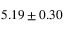
5 . 1 9 \pm 0 . 3 0